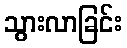
သွားလာခြင်း